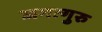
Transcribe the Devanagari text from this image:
जगत्गुरु